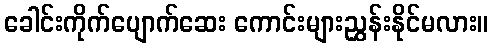
ခေါင်းကိုက်ပျောက်ဆေး ကောင်းများညွှန်းနိုင်မလား။